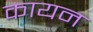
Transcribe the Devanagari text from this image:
कायन